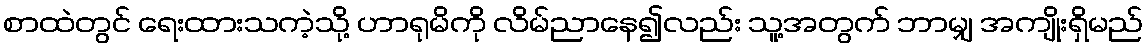
စာထဲတွင် ရေးထားသကဲ့သို့ ဟာရုမိကို လိမ်ညာနေ၍လည်း သူ့အတွက် ဘာမျှ အကျိုးရှိမည်